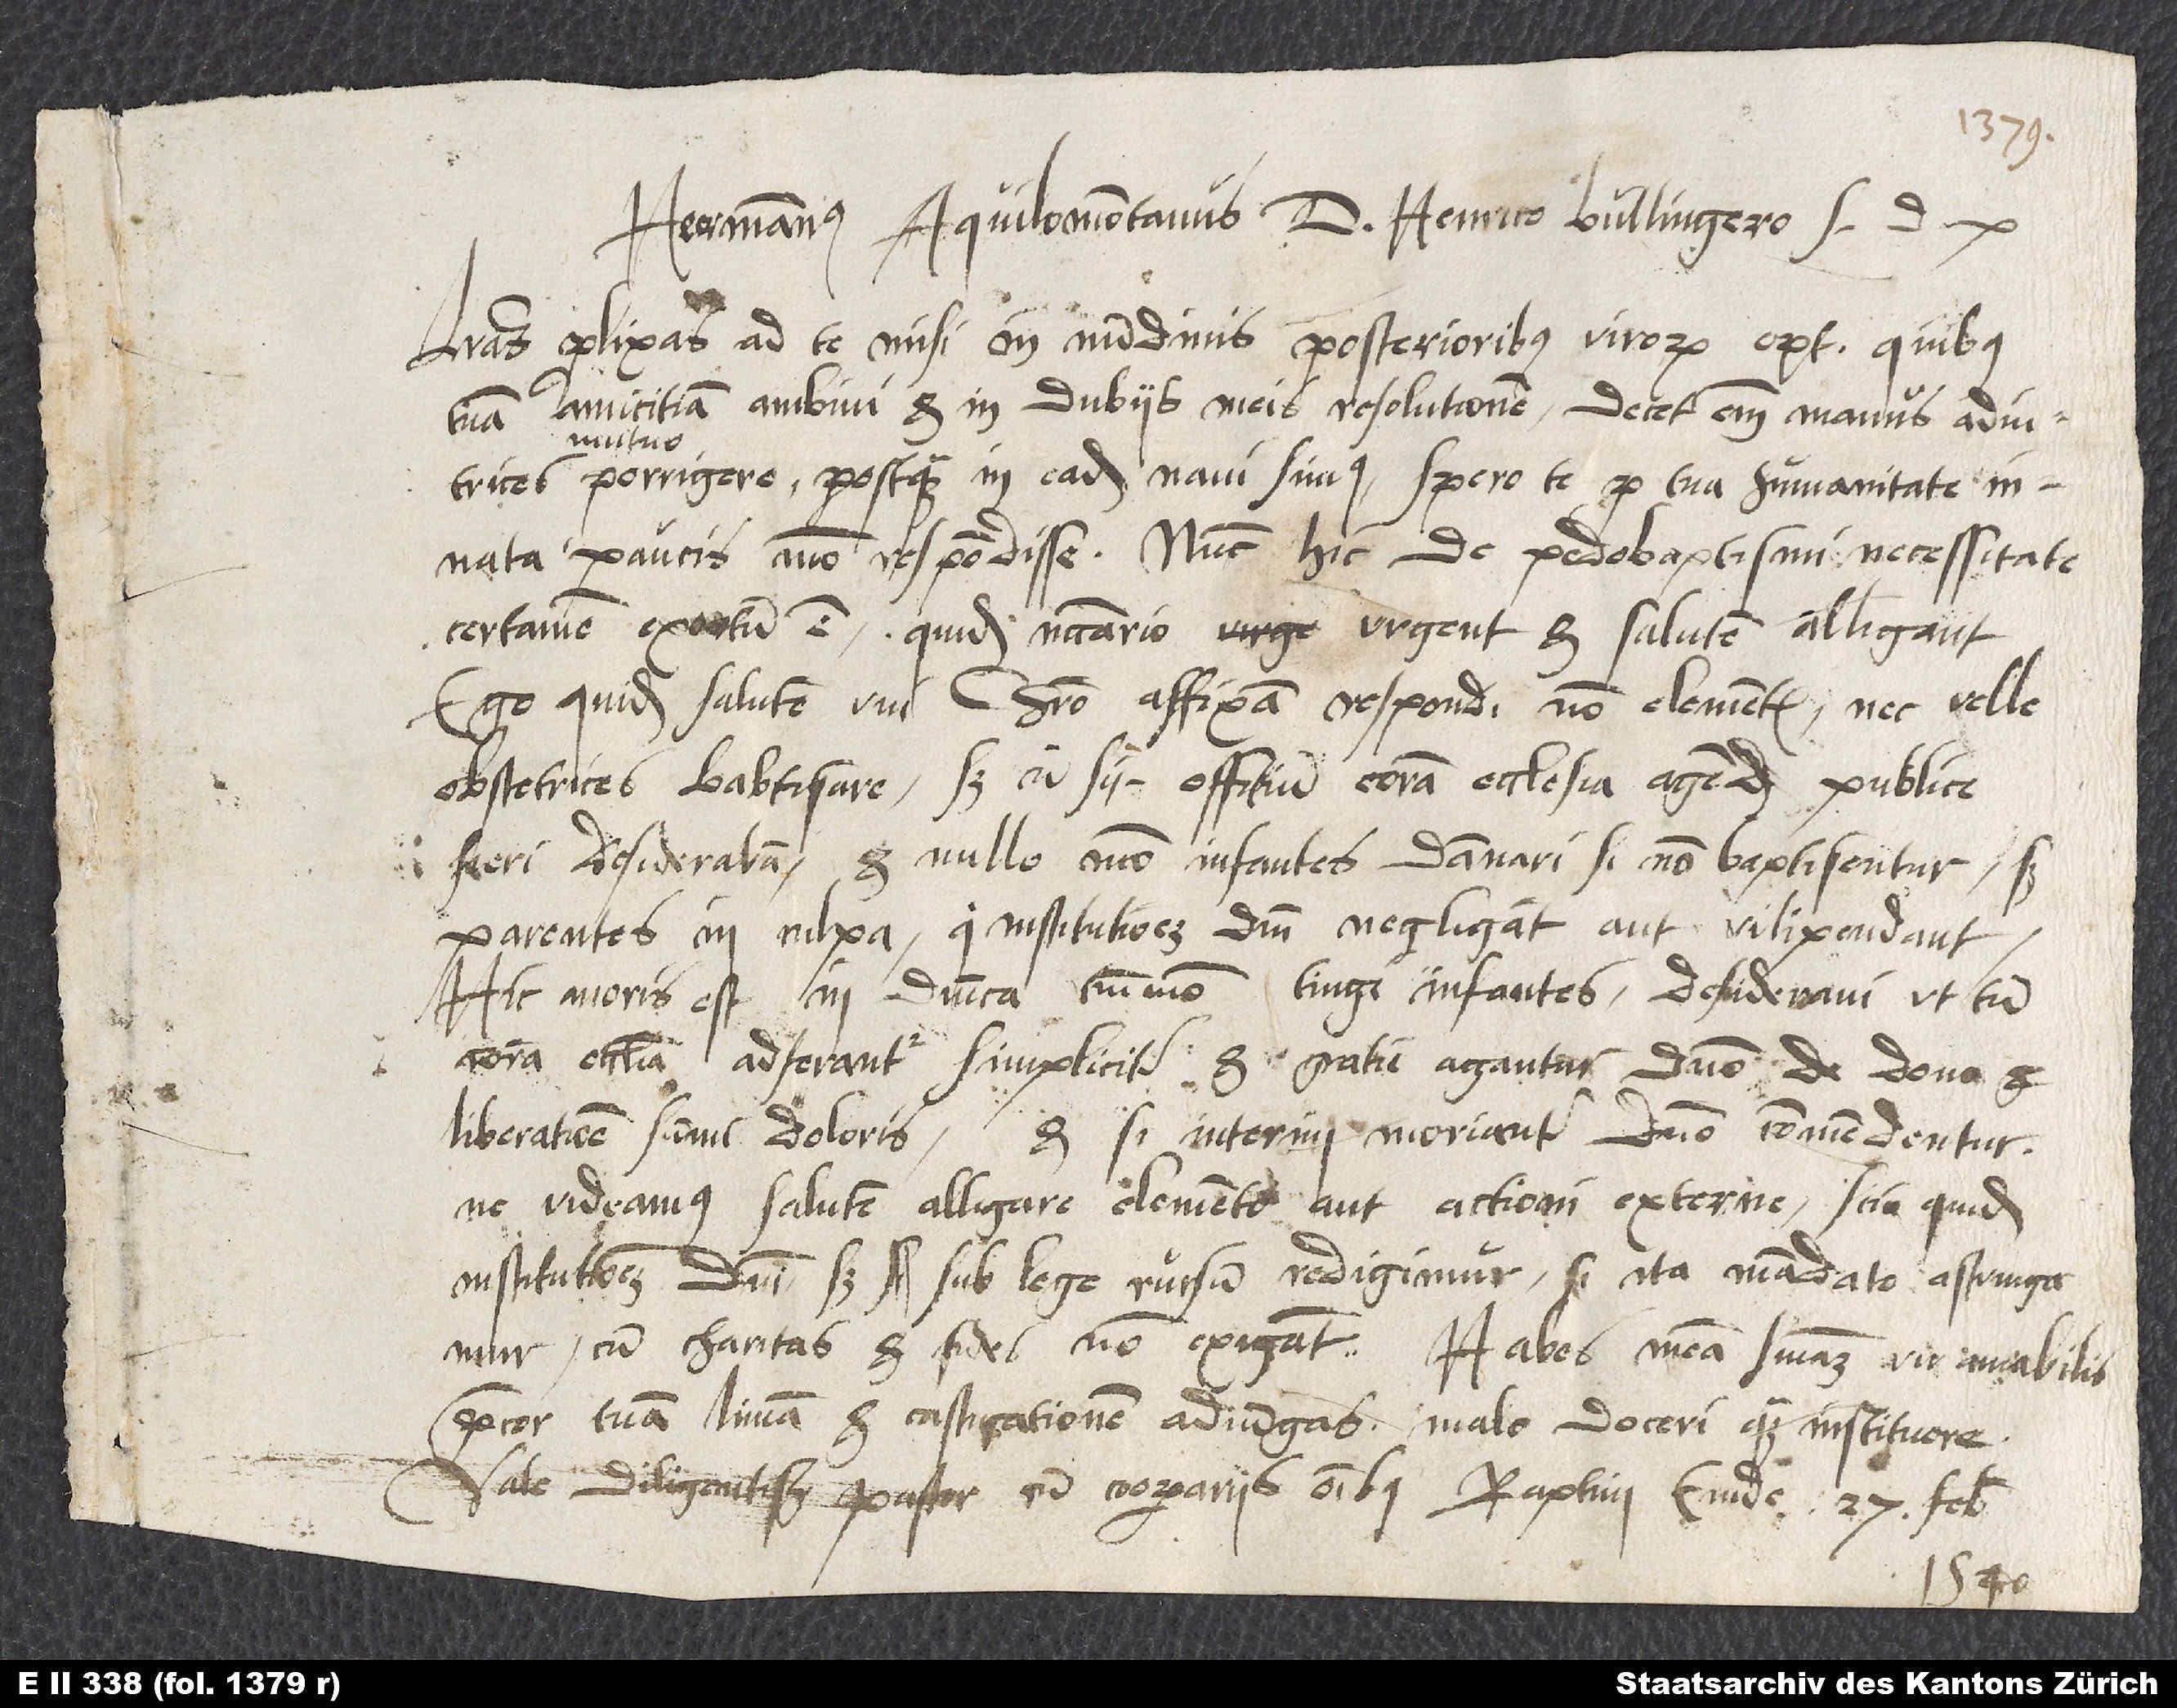
Hermannus Aquilomontanus d. Henrico Bullingero s.
Literas prolixas ad te misi in nundinis posterioribus, virorum optime, quibus
tuam amicitiam ambivi et in dubiis meis resolutionem. Decet enim manus adiutrices
mutuo
porrigere, postquam in eadem navi simus. Spero te pro tua humanitate
innata paucis modo respondisse. Nunc hic de pedobaptismi necessitate
certamen exortum est. Quidam necessario urgent et salutem alligant.
Ego quidem salutem uni Christo affixam respondi, non elementis, nec velle
obstetrices baptisare, sed omne sanctum offitium coram ecclesia agendum publice
fieri desiderabam et nullo modo infantes damnari, si non baptisentur, sed
parentes in culpa, qui institutionem domini negligant aut vilipendant.
Hic moris est in dominica tantummodo tingi infantes. Desideravi, ut tum
coram ecclesia adferantur simpliciter et gratie agantur domino de dono et
liberatione summi doloris, et si interim moriantur, domino commendentur,
ne videamur salutem alligare elemento aut actioni externe. Scio quidem
institutionem domini; sed sub lege rursum redigimur, si ita mandato astringamur,
cum charitas et fides non exigant. Habes meam sententiam, vir amabilis;
precor, tuam limam et castigationem adiungas. Malo doceri quam instituere.
Vale, diligentissime pastor, cum cooperariis omnibus. Raptim, Emde, 27. februarii
1540.